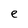
Character: e